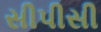
સીપીસી